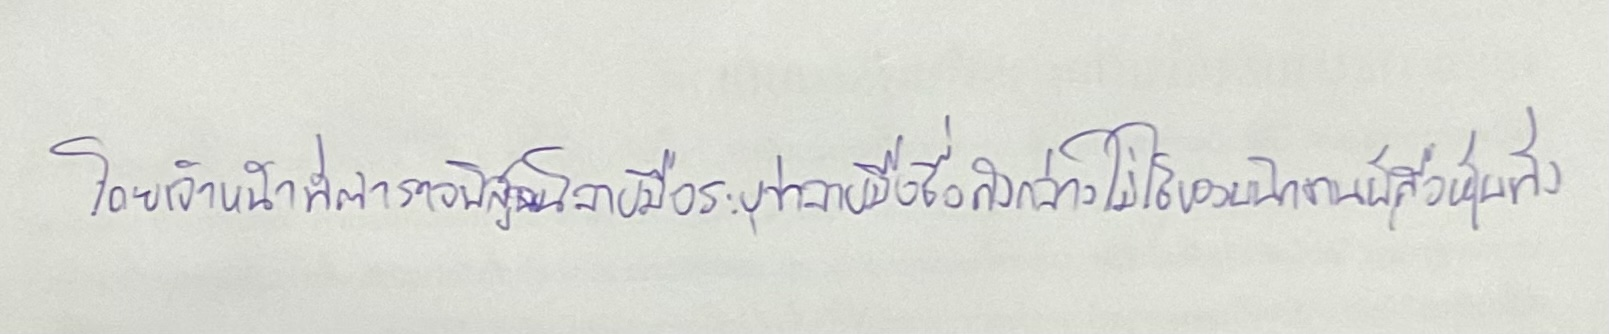
โดยเจ้าหน้าที่ตำรวจพิสูจน์ลายมือระบุว่าลายมือชื่อดังกล่าวไม่ใช่ของพนักงานผู้ถือหุ้นทั้ง